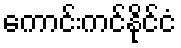
ကောင်းကင်နိုင်ငံ